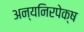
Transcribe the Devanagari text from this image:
अन्यनिरपेक्ष